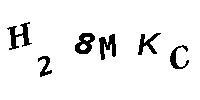
H28MKC